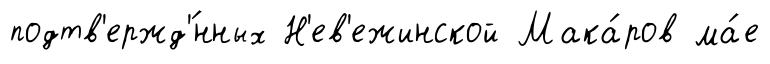
подтв'ержд'́нных Н'ев'ежинской Мака́ров ма́е